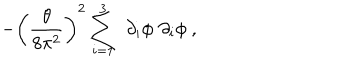
LaTeX: - \left( \frac { \theta } { 8 \pi ^ { 2 } } \right) ^ { 2 } \sum _ { i = 1 } ^ { 3 } \, \, \partial _ { i } \phi \, \, \partial _ { i } \phi ~ ,